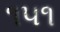
૧૫૧